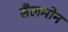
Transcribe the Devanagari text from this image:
सैलमोन